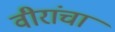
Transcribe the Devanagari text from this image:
वीरांचा